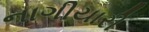
નાગીયારી